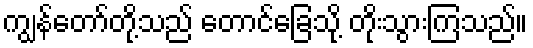
ကျွန်တော်တို့သည် တောင်ခြေသို့ တိုးသွားကြသည်။